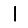
Digit: 1